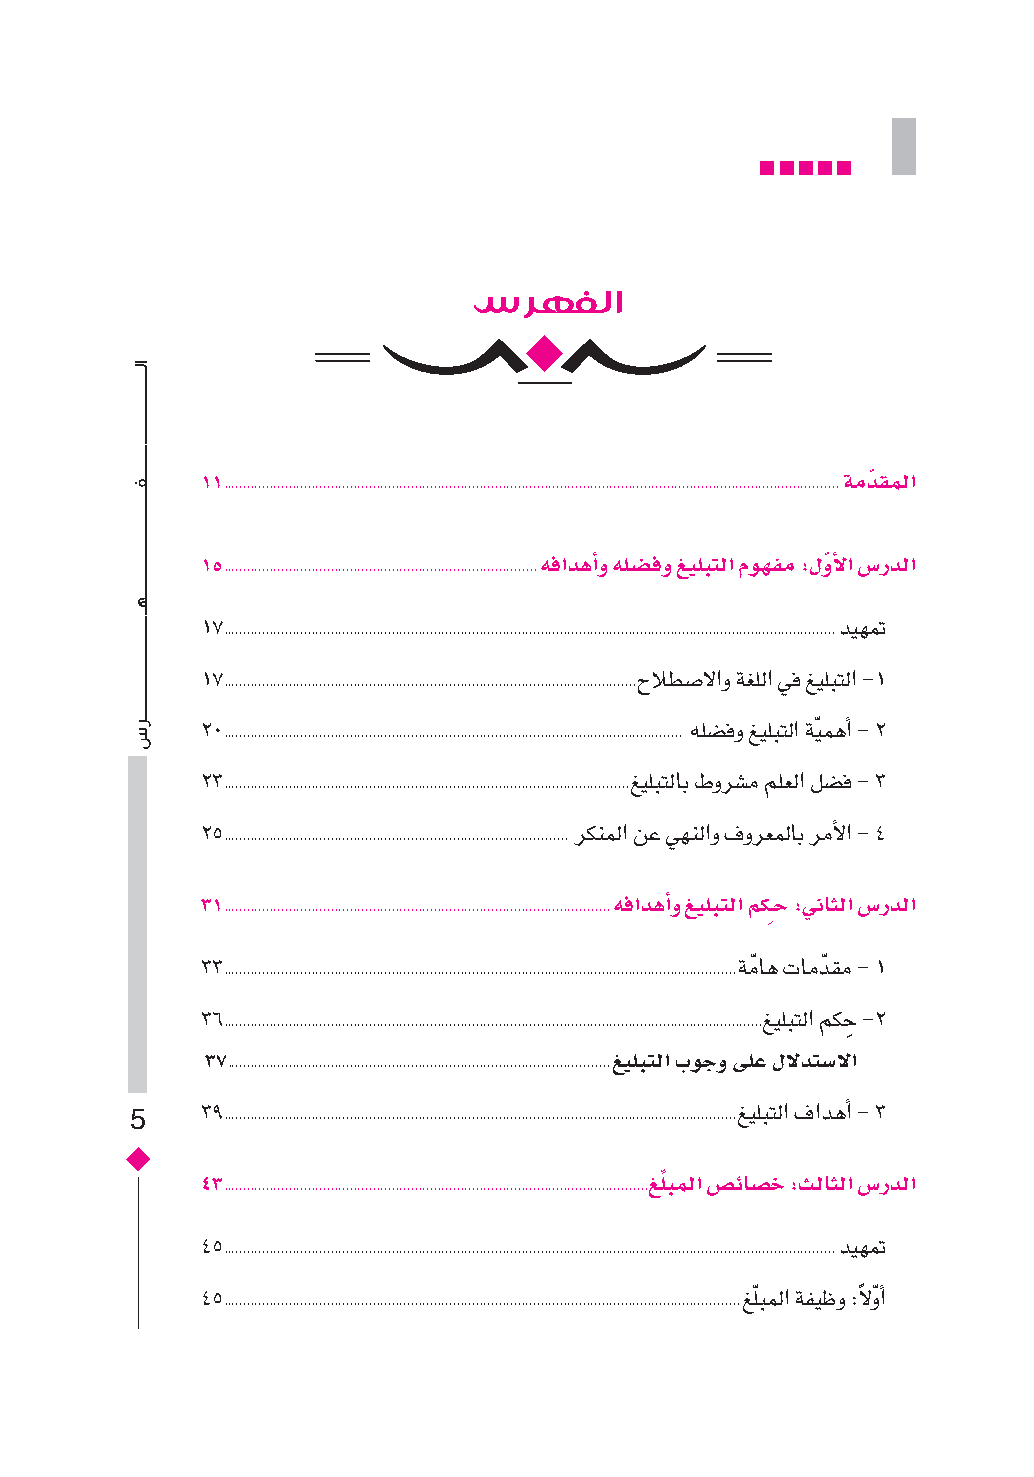
سرهفلا
 11                                         ةمدّ قملا
 .................................................................................................................................................................
 15                     هفادهأاو هلض�فو غيلبتلا موهفم :لوّ ألا س�ردلا
 ..................................................................................
 17                                        ديهمت
 ................................................................................................................................................................
 17                           حلاطس�ل�و ةغلل� يف غيلبتل� -1
 ............................................................................................................
 20                               هلس�فو غيلبتل� ةيّ مهأ� - 2
 ........................................................................................................................
 23                           غيلبتلاب طورس�م ملعل� لس�ف - 3
 ..........................................................................................................
 25                       ركنمل� نع يهنل�و فورعملاب رمأل� - 4
 ..........................................................................................
 31                          هفادهأاو غيلبتلا مكِـح :يناثلا س�ردلا
 .....................................................................................................
 33                                  ةمّ اه تامدّ قم - 1
 ......................................................................................................................................
 36                                   غيلبتل� مكحِ -2
 .............................................................................................................................................
 37                         غيلبتلا بوجو ىلع للدتض�لا
 ....................................................................................................
 39                                  غيلبتل� ف�دهأ� - 3
 5     ......................................................................................................................................
 43                            غلِّ بملا س�ئاض�خ :ثلاثلا س�ردلا
 ...............................................................................................................
 45                                        ديهمت
 ................................................................................................................................................................
 45                                  غلّبمل� ةفيظو :لً وّ أ�
 .......................................................................................................................................
 ��������������������������������������������������������������������������������������������������������������������